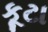
કૂટા